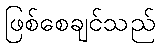
ဖြစ်စေချင်သည်